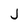
Character: J